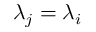
\lambda _ { j } = \lambda _ { i }